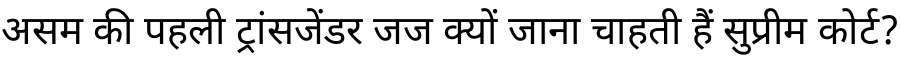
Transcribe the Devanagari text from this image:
असम की पहली ट्रांसजेंडर जज क्यों जाना चाहती हैं सुप्रीम कोर्ट?